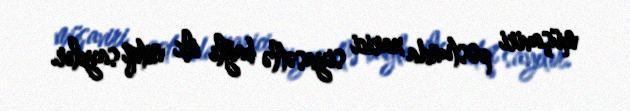
müşaviri postunda xarici siyasətlə bağlı ilk nitqi sayılır.